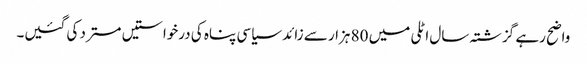
واضح رہے گزشتہ سال اٹلی میں 80 ہزار سے زائد سیاسی پناہ کی درخواستیں مسترد کی گئیں۔